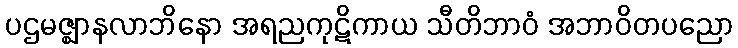
ပဌမဇ္ဈာနလာဘိနော အရညကုဋိကာယ သီတိဘာဝံ အဘာဝိတပညော